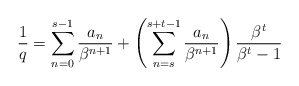
\begin{align*}\frac{1}{q}=\sum_{n=0}^{s-1}\frac{a_n}{\beta^{n+1}}+\left(\sum_{n=s}^{s+t-1} \frac{a_n}{\beta^{n+1}}\right)\frac{\beta^t}{\beta^t-1}\end{align*}